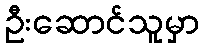
ဦးဆောင်သူမှာ